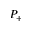
P _ { + }